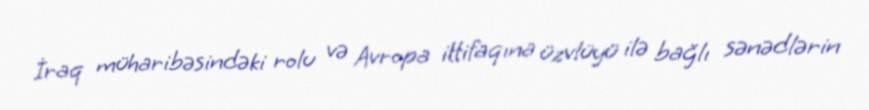
İraq müharibəsindəki rolu və Avropa ittifaqına üzvlüyü ilə bağlı sənədlərin